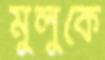
মুলুকে